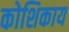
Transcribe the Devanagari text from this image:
कोशिकाय